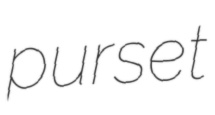
purset